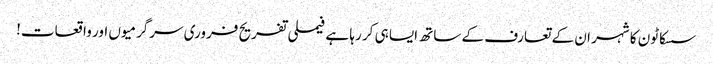
سسکاٹون کا شہر ان کے تعارف کے ساتھ ایسا ہی کر رہا ہے فیملی تفریح ​​فروری سرگرمیوں اور واقعات!